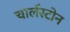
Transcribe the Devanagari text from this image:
चार्लस्टोन